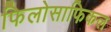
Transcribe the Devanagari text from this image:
फिलोसाफिकल